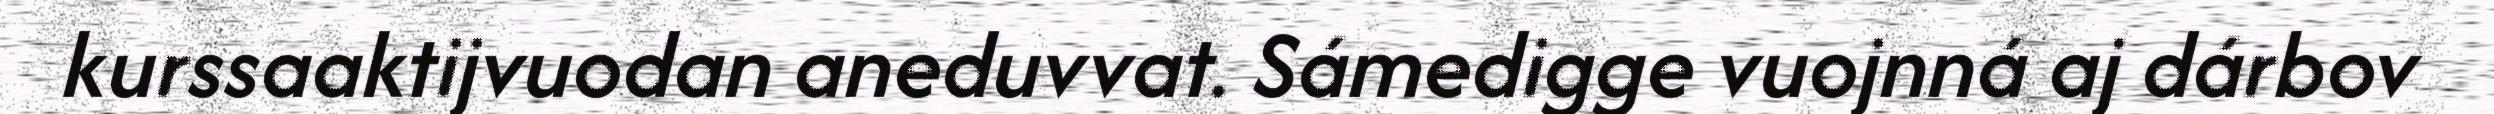
kurssaaktijvuodan aneduvvat. Sámedigge vuojnná aj dárbov